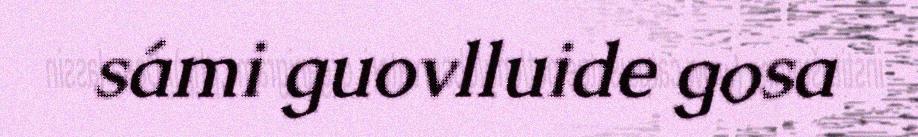
sámi guovlluide gosa